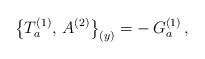
\begin{align*}\bigl\{T_a^{(1)},\,A^{(2)}\bigr\}_{(y)}=-\,G_a^{(1)}\,,\end{align*}